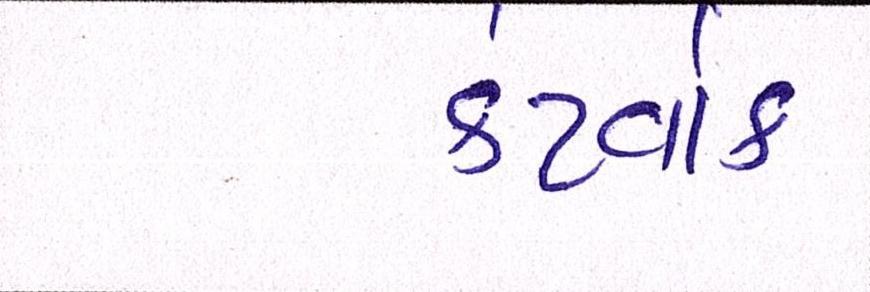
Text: કેટવોક